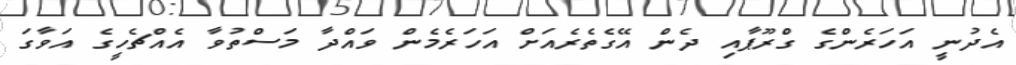
އެދުނީ އަހަރެންގެ ގްރޫޕާއި ދެން އޭގެތެރެއަށް އަހަރެމެން ވައްދާ މަސްތުވާ އެއްޗެހީގެ އަވާގަ